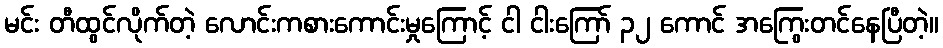
မင်း တီထွင်လိုက်တဲ့ လောင်းကစားကောင်းမှုကြောင့် ငါ ငါးကြော် ၃၂ ကောင် အကြွေးတင်နေပြီတဲ့။